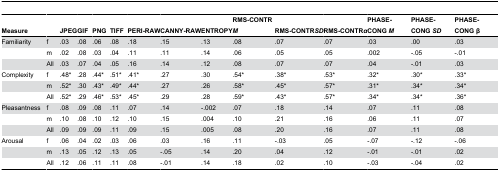
<table><thead><tr><td><b>Measure</b></td><td></td><td><b>JPEG</b></td><td><b>GIF</b></td><td><b>PNG</b></td><td><b>TIFF</b></td><td><b>PERI-RAW</b></td><td><b>CANNY-RAW</b></td><td><b>ENTROPY</b></td><td><b>RMS-CONTR <i>M</i></b></td><td><b>RMS-CONTR<i>SD</i></b></td><td><b>RMS-CONTR<i>α</i></b></td><td><b>PHASE-CONG <i>M</i></b></td><td><b>PHASE-CONG <i>SD</i></b></td><td><b>PHASE-CONG β</b></td></tr></thead><tbody><tr><td>Familiarity</td><td>f</td><td>.03</td><td>.08</td><td>.06</td><td>.08</td><td>.18</td><td>.15</td><td>.13</td><td>.08</td><td>.07</td><td>.07</td><td>.03</td><td>.00</td><td>.03</td></tr><tr><td></td><td>m</td><td>.02</td><td>.08</td><td>.03</td><td>.04</td><td>.11</td><td>.11</td><td>.14</td><td>.06</td><td>.05</td><td>.05</td><td>.002</td><td>-.05</td><td>-.01</td></tr><tr><td></td><td>All</td><td>.03</td><td>.07</td><td>.04</td><td>.05</td><td>.16</td><td>.14</td><td>.12</td><td>.08</td><td>.07</td><td>.07</td><td>.04</td><td>-.01</td><td>.03</td></tr><tr><td>Complexity</td><td>f</td><td>.48*</td><td>.28</td><td>.44*</td><td>.51*</td><td>.41*</td><td>.27</td><td>.30</td><td>.54*</td><td>.38*</td><td>.53*</td><td>.32*</td><td>.30*</td><td>.33*</td></tr><tr><td></td><td>m</td><td>.52*</td><td>.30</td><td>.43*</td><td>.49*</td><td>.44*</td><td>.27</td><td>.26</td><td>.58*</td><td>.45*</td><td>.57*</td><td>.31*</td><td>.34*</td><td>.34*</td></tr><tr><td></td><td>All</td><td>.52*</td><td>.29</td><td>.46*</td><td>.53*</td><td>.45*</td><td>.29</td><td>.28</td><td>.59*</td><td>.43*</td><td>.57*</td><td>.34*</td><td>.34*</td><td>.36*</td></tr><tr><td>Pleasantness</td><td>f</td><td>.08</td><td>.09</td><td>.08</td><td>.11</td><td>.07</td><td>.14</td><td>-.002</td><td>.07</td><td>.18</td><td>.14</td><td>.07</td><td>.11</td><td>.08</td></tr><tr><td></td><td>m</td><td>.10</td><td>.08</td><td>.10</td><td>.12</td><td>.10</td><td>.15</td><td>.004</td><td>.10</td><td>.21</td><td>.16</td><td>.06</td><td>.11</td><td>.07</td></tr><tr><td></td><td>All</td><td>.09</td><td>.09</td><td>.09</td><td>.11</td><td>.09</td><td>.15</td><td>.005</td><td>.08</td><td>.20</td><td>.16</td><td>.07</td><td>.11</td><td>.08</td></tr><tr><td>Arousal</td><td>f</td><td>.06</td><td>.04</td><td>.02</td><td>.03</td><td>.06</td><td>.03</td><td>.16</td><td>.11</td><td>-.03</td><td>.05</td><td>-.07</td><td>-.12</td><td>-.06</td></tr><tr><td></td><td>m</td><td>.13</td><td>.05</td><td>.12</td><td>.13</td><td>.05</td><td>-.05</td><td>.14</td><td>.20</td><td>.04</td><td>.12</td><td>-.01</td><td>-.01</td><td>.02</td></tr><tr><td></td><td>All</td><td>.12</td><td>.06</td><td>.11</td><td>.11</td><td>.08</td><td>-.01</td><td>.14</td><td>.18</td><td>.02</td><td>.10</td><td>-.03</td><td>-.04</td><td>.02</td></tr></tbody></table>